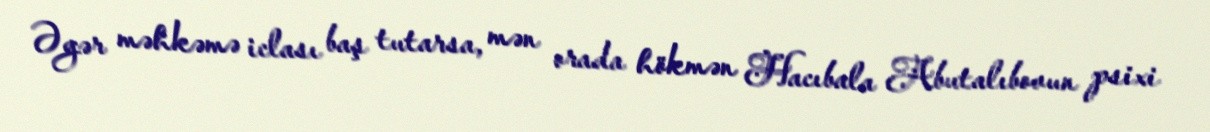
Əgər məhkəmə iclası baş tutarsa, mən orada hökmən Hacıbala Abutalıbovun psixi